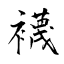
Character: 襪